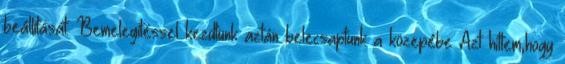
beállítását. Bemelegítéssel kezdtünk aztán belecsaptunk a közepébe Azt hittem,hogy